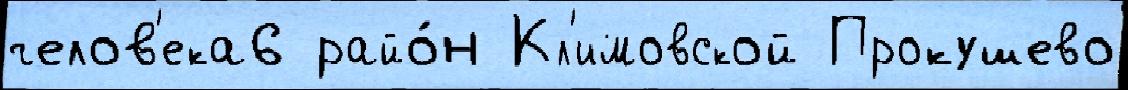
челов'ека6 райо́н Кл'имовской Прокушево